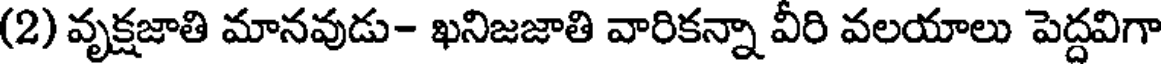
(2) వృక్షజాతి మానవుడు- ఖనిజజాతి వారికన్నా వీరి వలయాలు పెద్దవిగా